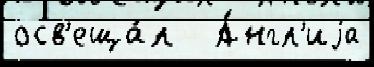
осв'еща́л   А́нгл'иjа